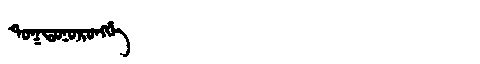
Manchu: ᡨᠣᡴᡨᠣᠨᠣᡵᠣᠩᡤᡝ
Romanization: TOKTONORONGGE